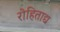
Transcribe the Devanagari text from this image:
रोहिताद्य